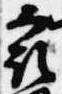
最